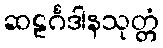
ဆဠင်္ဂဒါနသုတ္တံ